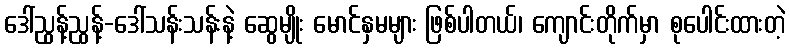
ဒေါ်ညွန့်ညွန့်-ဒေါ်သန်းသန်းနဲ့ ဆွေမျိုး မောင်နှမများ ဖြစ်ပါတယ်၊ ကျောင်းတိုက်မှာ စုပေါင်းထားတဲ့